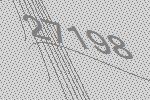
27198